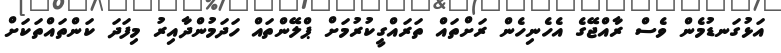
އަޅުގަނޑުމެން ވެސް ރާއްޖޭގެ އެހެނިހެން ރަށްތައް ތަރައްގީކުރުމަށް ޕްލޭންތައް ހަދަމުންދާއިރު މިފަދަ ކަންތައްތަކަށް